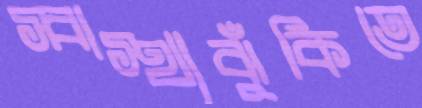
স্বাস্থ্যঝুঁকিতে